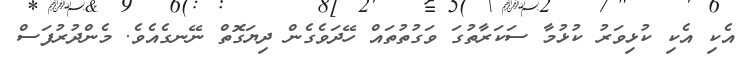
އެކި އެކި ކުޅިވަރު ކުޅުމާ ސަކަރާތުގަ ވަގުތުތައް ހޭދަވެގެން ދިޔަގޮތް ނޭނގެއެވެ. މެންދުރުފަސް